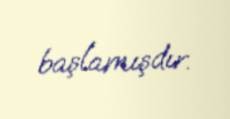
başlamışdır.